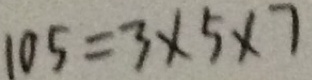
1 0 5 = 3 \times 5 \times 7